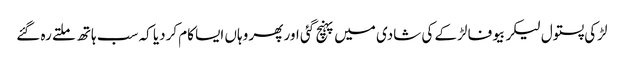
لڑکی پستول لیکر بیوفا لڑکے کی شادی میں پہنچ گئی اور پھر وہاں ایسا کام کردیا کہ سب ہاتھ ملتے رہ گئے